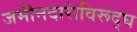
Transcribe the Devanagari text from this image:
जमीनदारांविरूद्घ